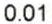
0.01